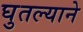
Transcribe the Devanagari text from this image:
घुतल्याने